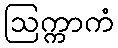
ဩက္ကာကံ